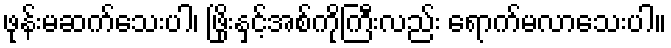
ဖုန်းမဆက်သေးပါ၊ ဖြိုးနှင့်အစ်ကိုကြီးလည်း ရောက်မလာသေးပါ။